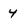
Character: 4